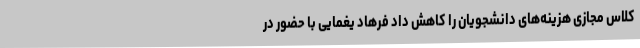
کلاس مجازی هزینه‌های دانشجویان را کاهش داد فرهاد یغمایی با حضور در